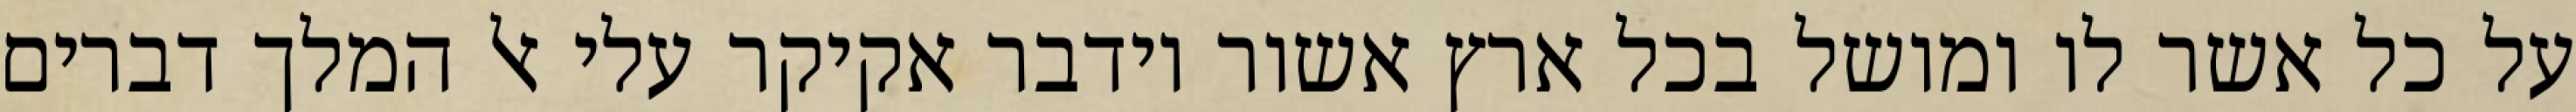
על כל אשר לו ומושל בכל ארץ אשור וידבר אקיקר עלי אל המלך דברים